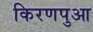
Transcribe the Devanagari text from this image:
किरणपुआ